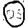
Digit: 0